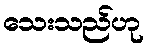
သေးသည်ဟု